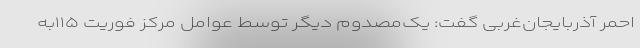
احمر آذربایجان‌غربی گفت: یک‌مصدوم دیگر توسط عوامل مرکز فوریت ۱۱۵به